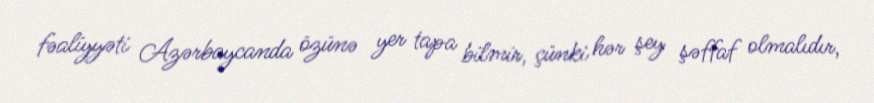
fəaliyyəti Azərbaycanda özünə yer tapa bilmir, çünki hər şey şəffaf olmalıdır,